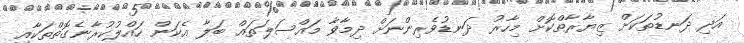
އަދި ދަނޑުތަކަށް ޒިޔާރާތްކޮށް މިހާރު ދަނޑުވެރިންނަށް ދިމާވާ މައްސަލަތައް ބަލާ އެކަން ހައްލުކުރާނެގޮތްތަކާއި